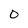
Character: 0